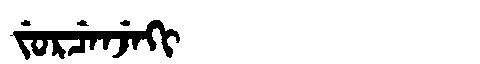
Manchu: ᠵᡠᡵᠴᡝᠨᠵᡝᡴᡳ
Romanization: JURCENJEKI